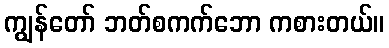
ကျွန်တော် ဘတ်စကက်ဘော ကစားတယ်။